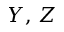
Y , \, Z